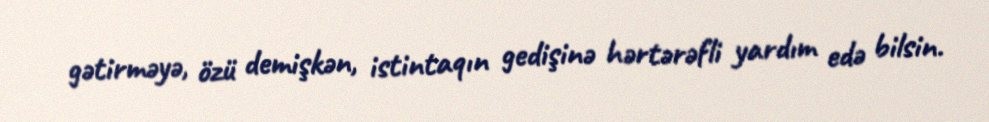
gətirməyə, özü demişkən, istintaqın gedişinə hərtərəfli yardım edə bilsin.